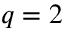
q = 2